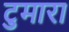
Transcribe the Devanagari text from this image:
टुमारा